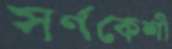
স্বর্ণকেশী